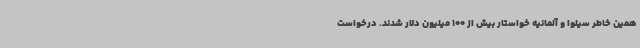
همین خاطر سیلوا و آلمانیه خواستار بیش از 100 میلیون دلار شدند. درخواست